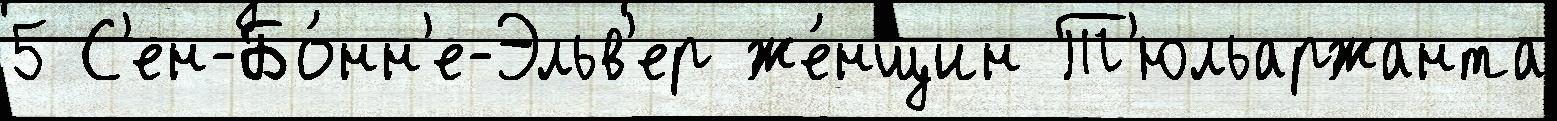
5 С'ен-Бо́нн'е-Эльв'ер же́нщин Т'юльаржанта